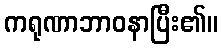
ကရုဏာဘာဝနာပြီး၏။